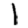
Digit: 1